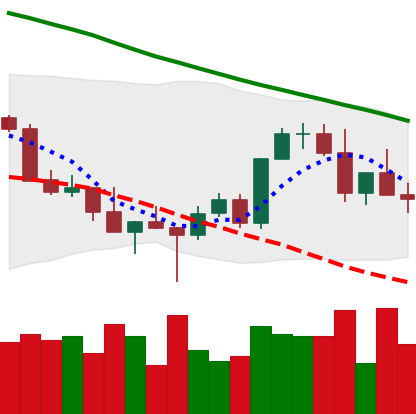
Ticker: XMR-USD
Chart end date: 2022-03-07
Forward return: 17.343%
Label: up_7plus